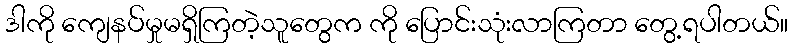
ဒါကို ကျေနပ်မှုမရှိကြတဲ့သူတွေက ကို ပြောင်းသုံးလာကြတာ တွေ့ရပါတယ်။